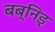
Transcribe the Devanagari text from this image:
बब्निड्